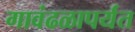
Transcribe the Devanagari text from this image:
गावंढळापर्यंत